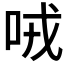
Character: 𠲦